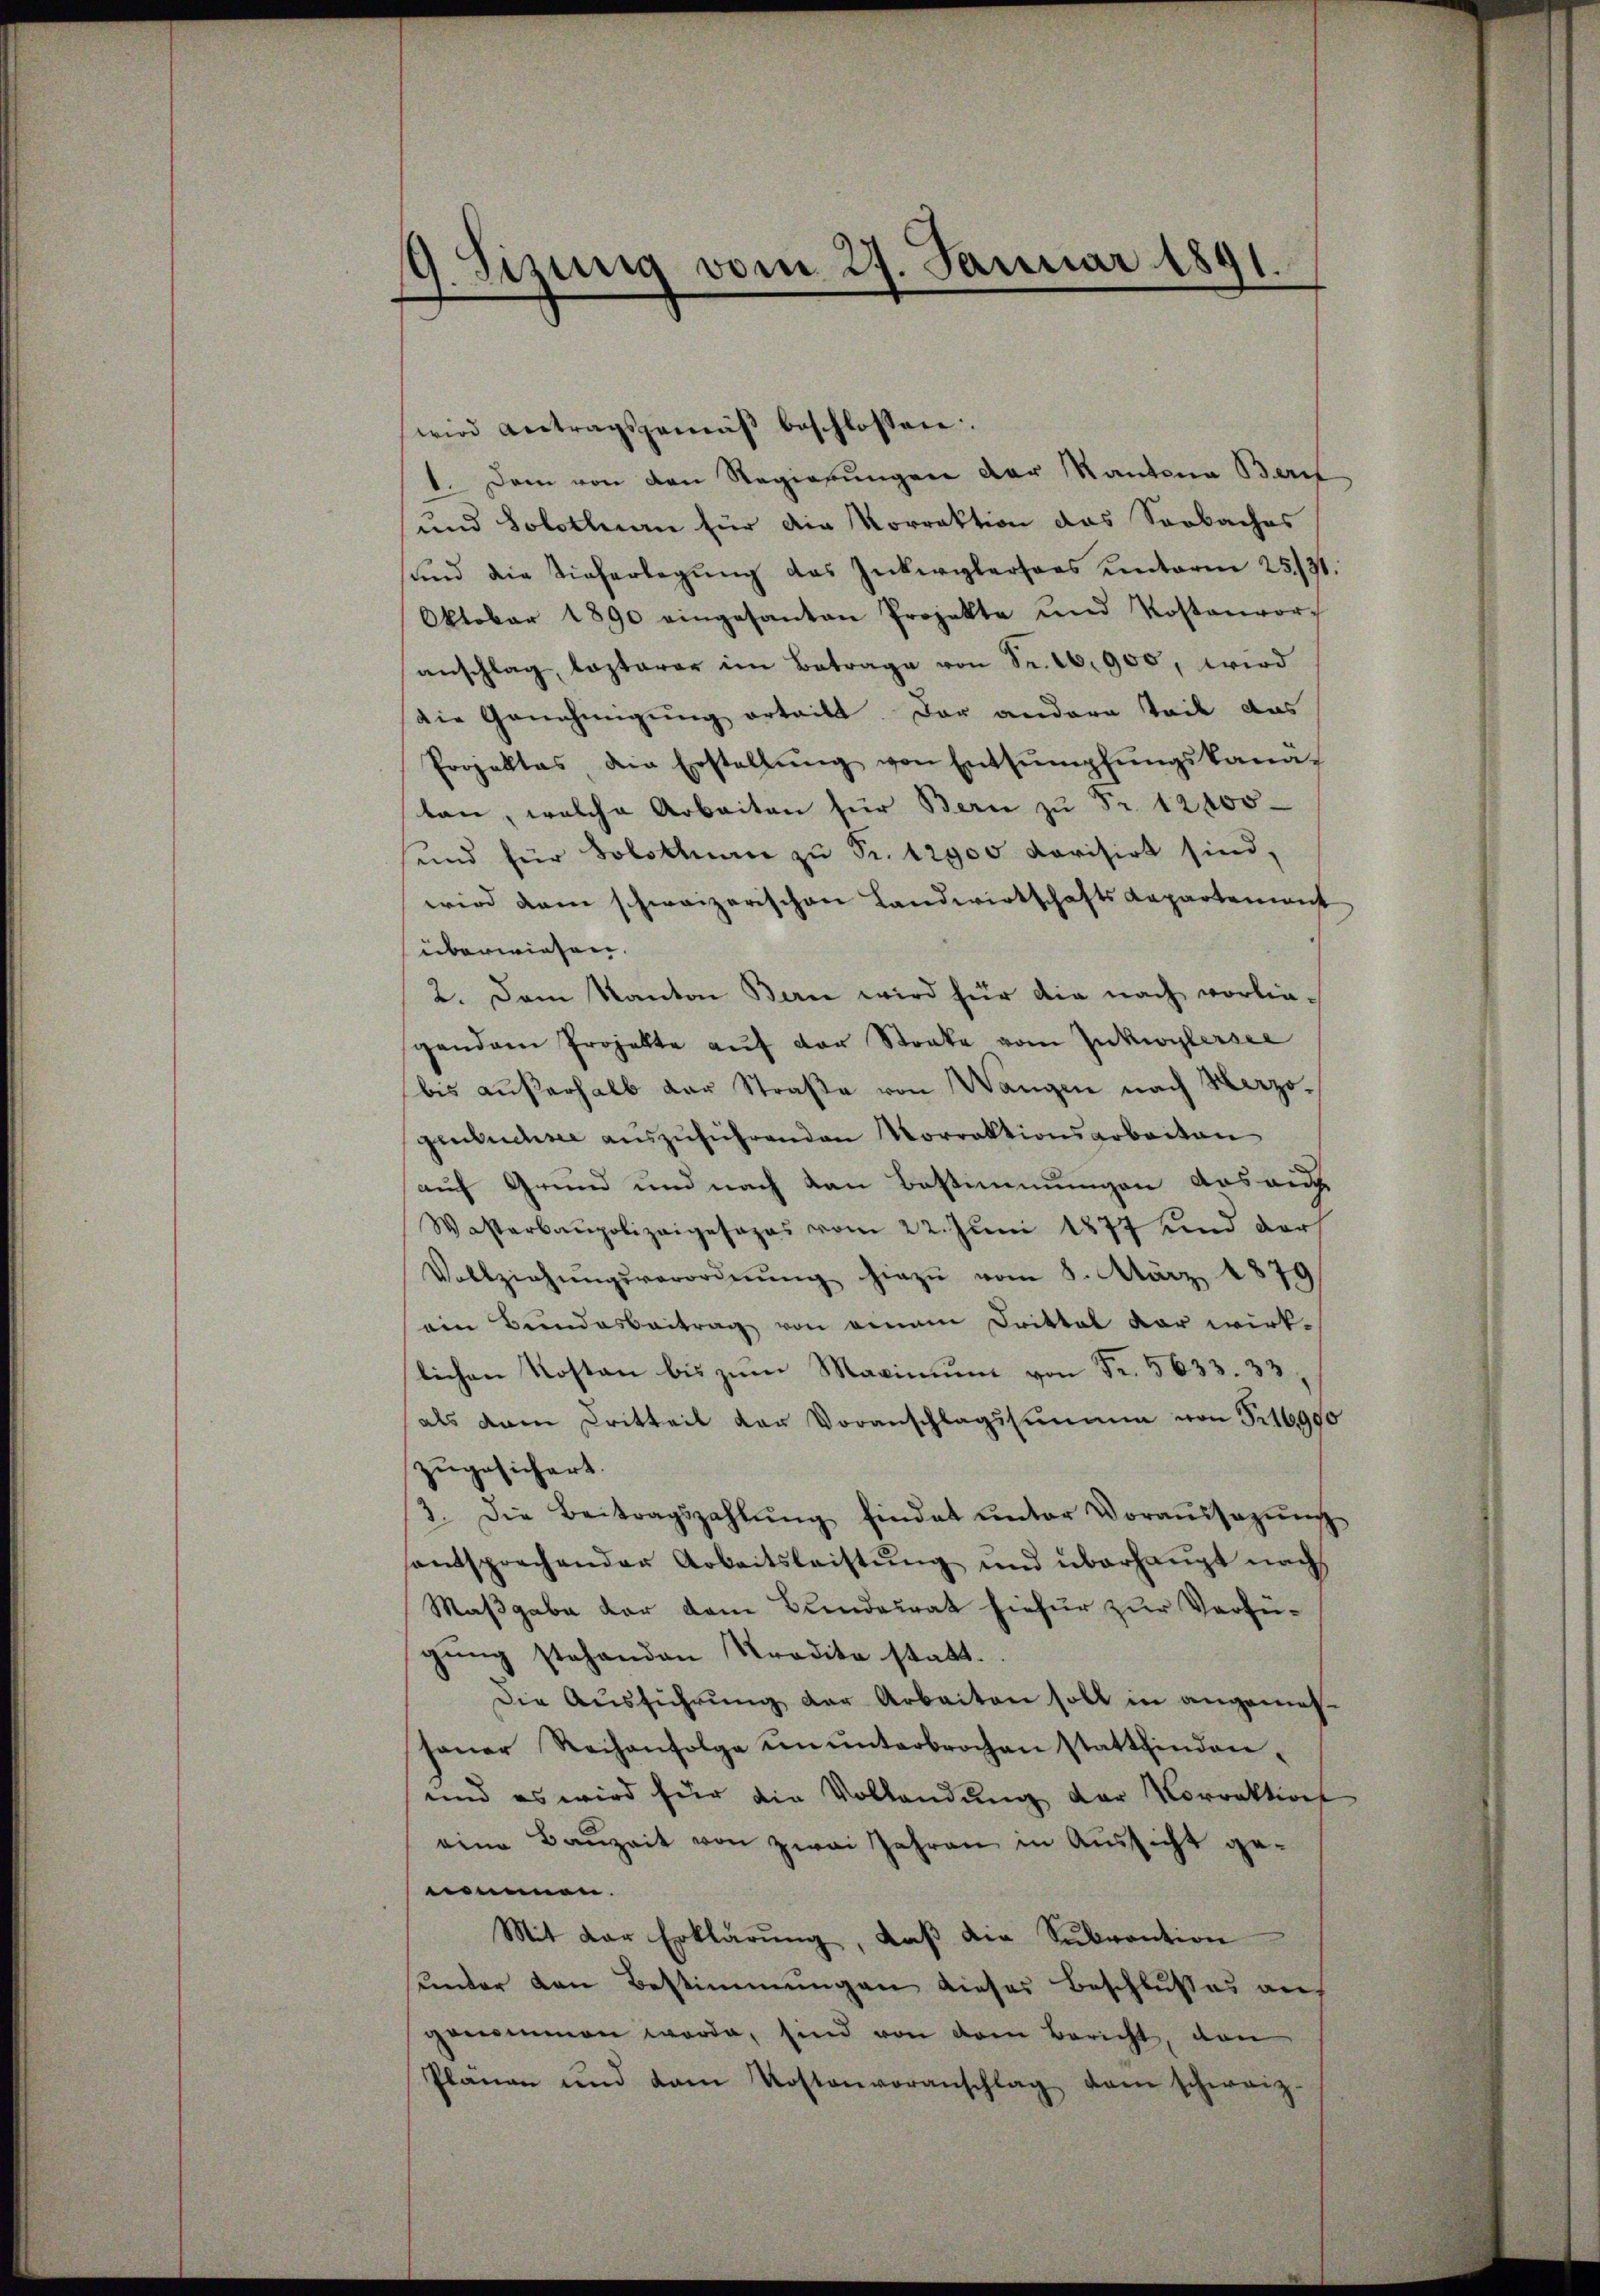
9. Sizung vom 21. Januar 1841.
e

wird Antragsgemäβ beschlossen:
1. Dem von den Regierungen der Kantona Beri
und Solothurn für die Vorrektion das Seebaches
ŭnd die Tieferlegŭng des Inkerglersoes ŭnterm 25/31.
Oktober 1890 eingesanten Projekte und Kostenvor-
anschlag, lasterer im Betrage von Sr. 10,900, wird
die Genehmigung erteilt. Der andere Teil das
Projektes, die Erstellŭng von Entsumpfŭngskanä-
ten, welche Arbeiten für Bern zu Fr. 12000
und für Solothane zŭ Fr. 12900 dovisirt sind,
wird dem schweizerischen Landwirtschafts-Kapartement
überwiesen.
2. Dem Kanton Bern wird für die nach vorlie-
gendem Projekte aŭf der Staate vom Inkwylersee
bis außerhalb der Straße von Wangen nach Herzogenbuchsee auszuführenden Vorraktionsarbeiten
auf Grund und nach von Bestimmungen aus auf
Wasterbaupolizeigesapas vom 22. Juni 1877 und darf
Vollziehŭngsverordnŭng hiezu vom 8. März 1879
ein Bundesbeitrag von einem Drittel dar wirk-
lichen Kosten bis zum Maximum von Fr. 5633. 33.
als dann Dritteil der Voranschlagssumme von Fr. 16900
zugesichert.
3. Die Beitragszahlŭng findet unter Voraŭssagŭng
entsprechender Arbeitsleistŭng und überhaŭpt nach
Maßgabe der dem Bundesrat hiefür zur Verfügung stehenden Tradita statt.
Die Ausführung der Arbeiten soll in angemessaŭer Reihenfolge unŭnterbrochen stattfinden.
und es wird für die Vollendung der Vorrektions
eine Baŭzeit von zwei Jahren in Aussicht genommen.
Mit der Erklärŭng, daβ die Subvention
sunter den Bestimmungen dieser Beschlŭsses an
genommen werde, sind von dem Bericht, von
Plänen und dem Kostenvoranschlag dem schweiz.